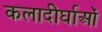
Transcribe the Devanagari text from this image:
कलादीर्घाओं